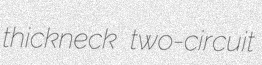
thickneck two-circuit